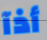
أذآ